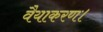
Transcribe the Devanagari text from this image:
वैयाकरण।